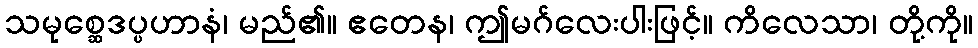
သမုစ္ဆေဒပ္ပဟာနံ၊ မည်၏။ ဧတေန၊ ဤမဂ်လေးပါးဖြင့်။ ကိလေသာ၊ တို့ကို။